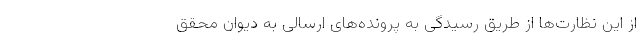
از این نظارت‌ها از طریق رسیدگی به پرونده‌های ارسالی به دیوان محقق